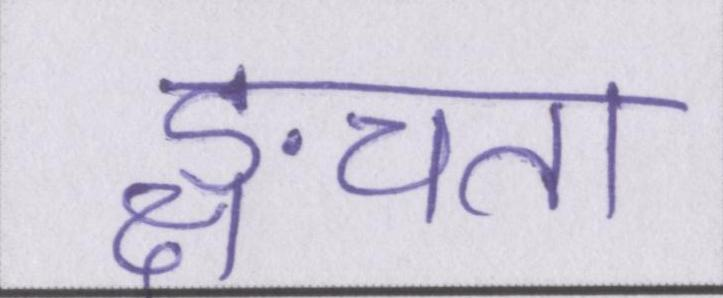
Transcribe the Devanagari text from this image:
ङ्क्षचता